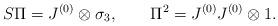
LaTeX: \begin{align*}S\Pi = J^{(0)}\otimes\sigma_3, \qquad\Pi^2 = J^{(0)}J^{(0)}\otimes 1.\end{align*}